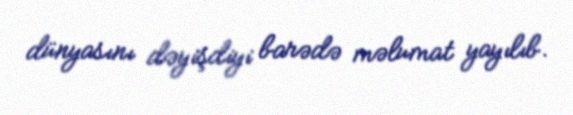
dünyasını dəyişdiyi barədə məlumat yayılıb.